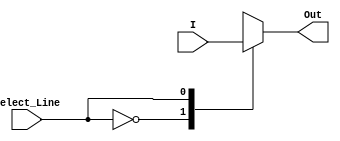
module Two_to_One_Mux(Out, Select_Line, I);
    input [0:1] I;
    input Select_Line;
    output reg Out;

    always @(I or Select_Line) begin
        case(Select_Line)
            1'b0 : Out = I[0];
            1'b1 : Out = I[1];
            default : Out = 1'bx;
        endcase
    end
endmodule



module testbench;
    reg [0:1] I;
    reg Select_Line;
    wire Out;

    Two_to_One_Mux m2 (Out, Select_Line, I);

    initial begin
        // monitoring inputs and outputs
        $monitor("2:1 Mux Time =", $time, ", I = %b, Select_Line = %b, Out = %b", I, Select_Line, Out);

        #1 I=2'bzx; Select_Line=0;
        #1 I=2'bzx; Select_Line=1;
        #1 I=2'b01; Select_Line=0;
        #1 I=2'b10; Select_Line=1;
        #1 $finish;
        // TESTED OK
    end    
endmodule